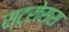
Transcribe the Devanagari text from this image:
स्ट्रोस्स